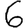
Digit: 6